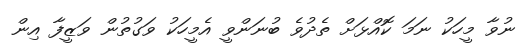
ނުވާ މީހަކު ނަމަ ކޮއްޅަށް ތެދުވެ ބުނަންވީ އެމީހަކު ވަގުތުން ވަޒީފާ އިން